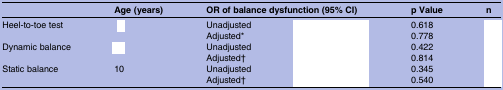
<table><thead><tr><td>[EMPTY_CELL]</td><td><b>Age (years)</b></td><td colspan="2"><b>OR of balance dysfunction (95% CI)</b></td><td><b>p Value</b></td><td><b>n</b></td></tr></thead><tbody><tr><td>Heel-to-toe test</td><td>[EMPTY_CELL]</td><td>Unadjusted</td><td>[EMPTY_CELL]</td><td>0.618</td><td>[EMPTY_CELL]</td></tr><tr><td>[EMPTY_CELL]</td><td>[EMPTY_CELL]</td><td>Adjusted*</td><td>[EMPTY_CELL]</td><td>0.778</td><td>[EMPTY_CELL]</td></tr><tr><td>Dynamic balance</td><td>[EMPTY_CELL]</td><td>Unadjusted</td><td>[EMPTY_CELL]</td><td>0.422</td><td>[EMPTY_CELL]</td></tr><tr><td>[EMPTY_CELL]</td><td>[EMPTY_CELL]</td><td>Adjusted†</td><td>[EMPTY_CELL]</td><td>0.814</td><td>[EMPTY_CELL]</td></tr><tr><td>Static balance</td><td>10</td><td>Unadjusted</td><td>[EMPTY_CELL]</td><td>0.345</td><td>[EMPTY_CELL]</td></tr><tr><td>[EMPTY_CELL]</td><td>[EMPTY_CELL]</td><td>Adjusted†</td><td>[EMPTY_CELL]</td><td>0.540</td><td>[EMPTY_CELL]</td></tr></tbody></table>